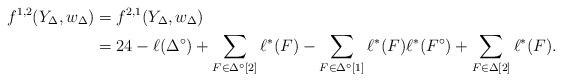
LaTeX: \begin{align*}f^{1,2}(Y_\Delta,w_\Delta) &= f^{2,1}(Y_\Delta,w_\Delta) \\ &= 24-\ell(\Delta^\circ) +\sum_{F \in \Delta^\circ[2]} \ell^*(F) - \sum_{F \in \Delta^\circ[1]} \ell^*(F) \ell^*(F^\circ) + \sum_{F \in \Delta[2]} \ell^*(F).\end{align*}